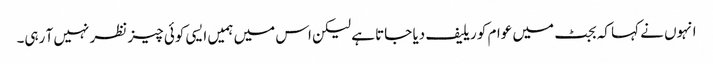
انہوں نے کہا کہ بجٹ میں عوام کو ریلیف دیا جاتا ہے لیکن اس میں ہمیں ایسی کوئی چیز نظر نہیں آ رہی۔